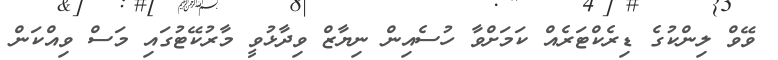
ވޭވް ލިންކުގެ ޑިރެކްޓަރެއް ކަމަށްވާ ހުސެއިން ނިޔާޒް ވިދާޅުވީ މާރުކޭޓުގައި މަސް ވިއްކަން